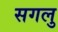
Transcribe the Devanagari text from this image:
सगलु